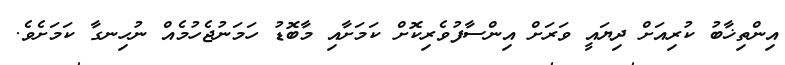
އިންތިޚާބު ކުރިއަށް ދިޔައީ ވަރަށް އިންސާފުވެރިކޮށް ކަމަށާއި މާބޮޑު ހަމަނުޖެހުމެއް ނުހިނގާ ކަމަށެވެ.